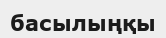
басылыңқы